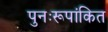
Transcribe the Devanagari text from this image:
पुनःरूपांकित